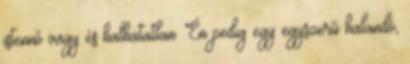
istennő vagy és halhatatlan. Én pedig egy egyszerű halandó,